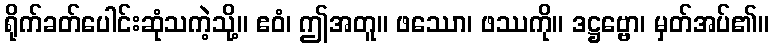
ရိုက်ခတ်ပေါင်းဆုံသကဲ့သို့။ ဧဝံ၊ ဤအတူ။ ဖဿော၊ ဖဿကို။ ဒဋ္ဌဗ္ဗော၊ မှတ်အပ်၏။